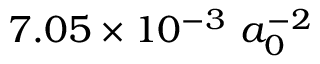
7 . 0 5 \times 1 0 ^ { - 3 } \ a _ { 0 } ^ { - 2 }